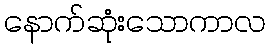
နောက်ဆုံးသောကာလ